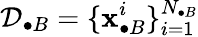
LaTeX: \mathcal{D}_{\bullet B}=\{ \mathbf{x}_{\bullet B}^{i}\} _{i=1}^{N_{\bullet B}}